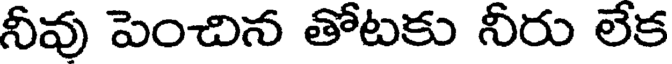
నీవు పెంచిన తోటకు నీరు లేక